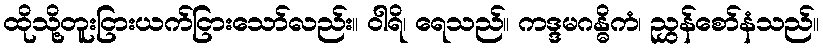
ထိုသို့တူးငြားယက်ငြားသော်လည်း။ ဝါရိ၊ ရေသည်။ ကဒ္ဒမဂန္ဓိကံ၊ ညွှန်စော်နံသည်။